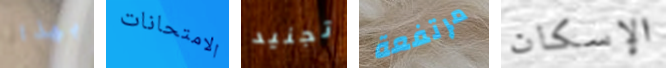
بهذا الامتحانات تجنيد مرتفعة الإسكان